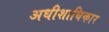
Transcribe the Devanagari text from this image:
अधीशाधिकार